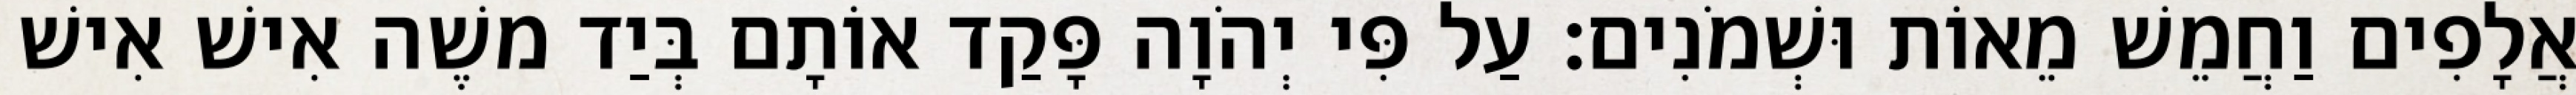
אֲלָפִים וַחֲמֵשׁ מֵאוֹת וּשְׁמֹנִים׃ עַל פִּי יְהֹוָה פָּקַד אוֹתָם בְּיַד משֶׁה אִישׁ אִישׁ